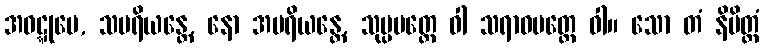
အဝဋ္ဋုမေ, သပရိယန္တေ, နော အပရိယန္တေ, သုပ္ပမတ္တေ ဝါ သရာဝမတ္တေ ဝါ။ သော တံ နိမိတ္တံ